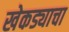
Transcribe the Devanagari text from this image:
खेकड्याचा